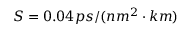
S = 0 . 0 4 p s / ( n m ^ { 2 } \cdot k m )